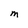
Character: M